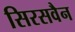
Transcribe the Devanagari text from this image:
सिरसवैन